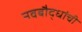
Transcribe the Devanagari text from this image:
नवबौद्धांची